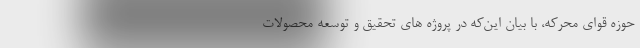
حوزه قوای محرکه، با بیان این‌که در پروژه های تحقیق و توسعه محصولات